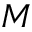
M